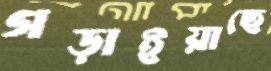
গড়াইয়াছে